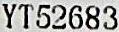
YT52683